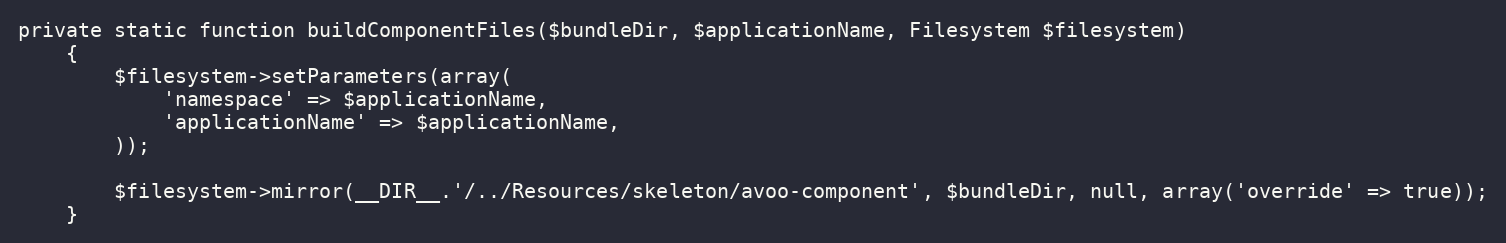
Language: PHP
private static function buildComponentFiles($bundleDir, $applicationName, Filesystem $filesystem)
    {
        $filesystem->setParameters(array(
            'namespace' => $applicationName,
            'applicationName' => $applicationName,
        ));

        $filesystem->mirror(__DIR__.'/../Resources/skeleton/avoo-component', $bundleDir, null, array('override' => true));
    }